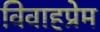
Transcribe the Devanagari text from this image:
विवाहप्रेम